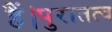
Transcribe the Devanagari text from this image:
हैं।पुरातत्व